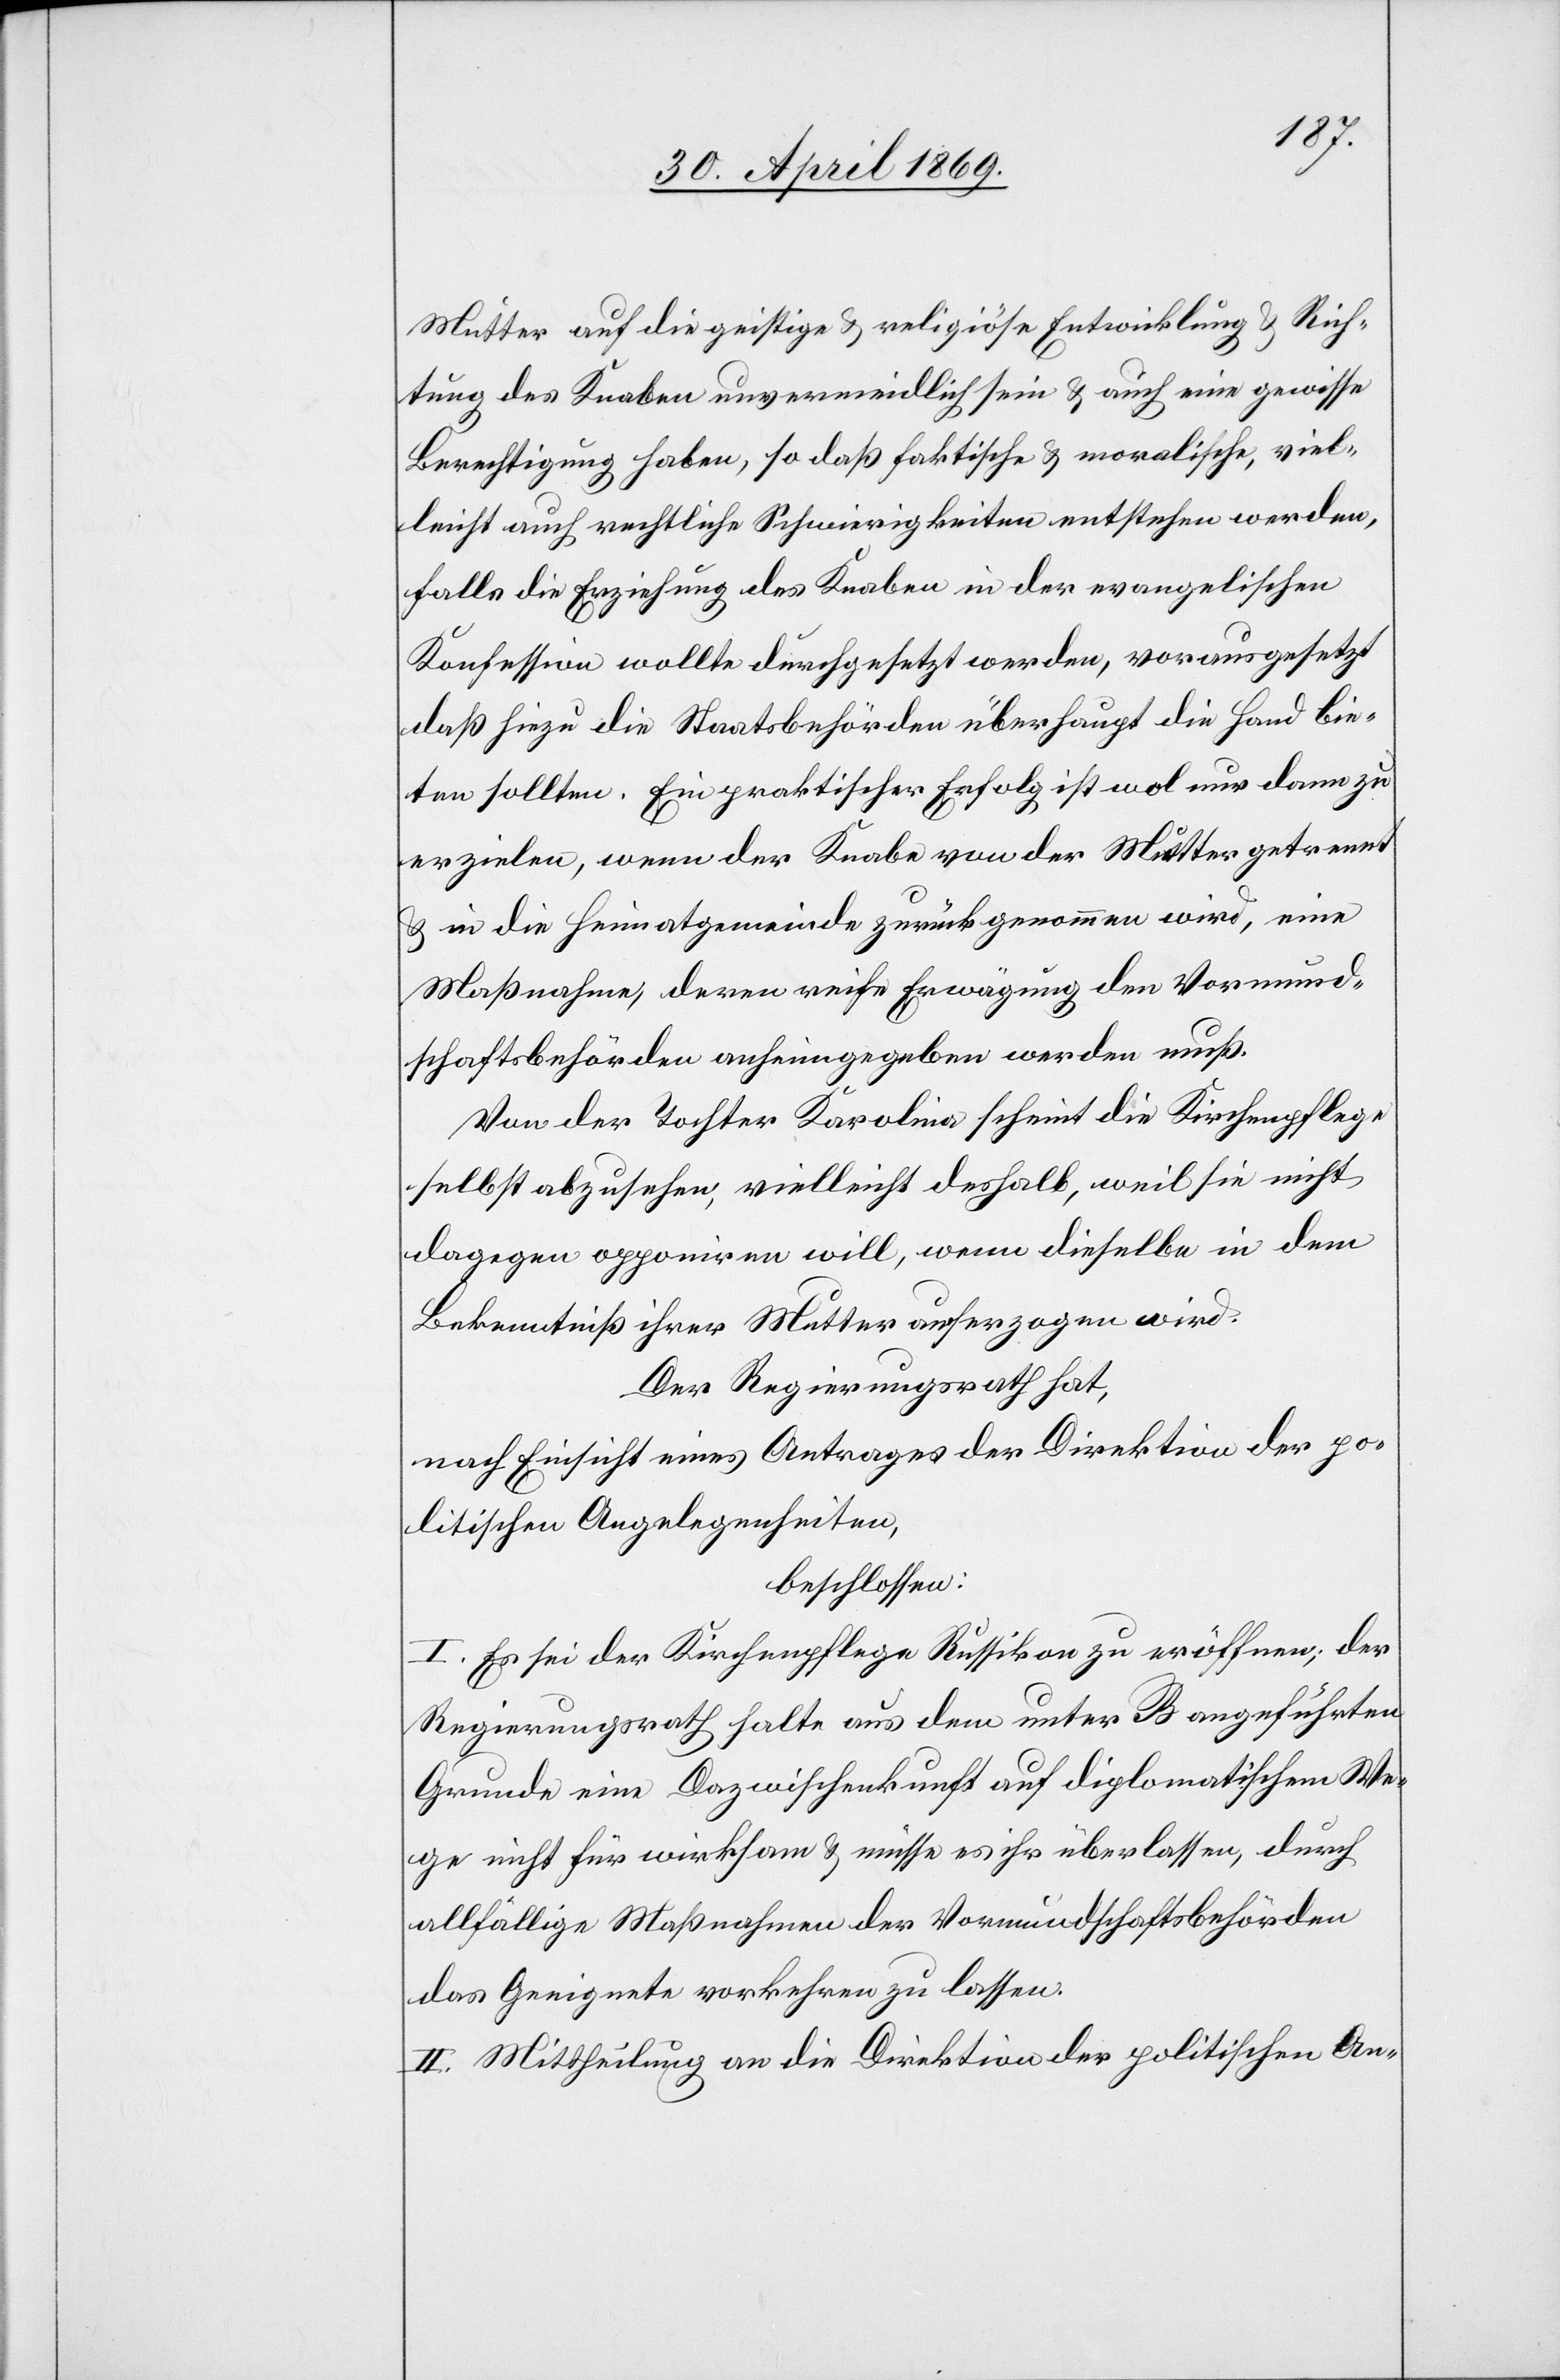
Mutter auf die geistige u. religiöse Entwicklung u. Rich¬
tung des Knaben unvermeidlich sein u. auch eine gewisse
Berechtigung haben, so daß faktische u. moralische, viel¬
leicht auch rechtliche Schwierigkeiten entstehen werden,
falls die Erziehung des Knaben in der evangelischen
Konfession wollte durchgesetzt werden, vorausgesetzt
daß hiezu die Staatsbehörden überhaupt die Hand bie¬
ten sollten. Ein praktischer Erfolg ist wol nur dann zu
erzielen, wenn der Knabe von der Mutter getrennt
u. in die Heimatgemeinde zurückgenommen wird, eine
Maßnahme, deren reife Erwägung den Vormund¬
schaftsbehörden anheimgegeben werden muß.
Von der Tochter Karolina scheint die Kirchenpflege
selbst abzusehen, vielleicht deshalb, weil sie nicht
dagegen opponiren will, wenn dieselbe in dem
Bekenntniß ihrer Mutter auferzogen wird.
Der Regierungsrath hat,
nach Einsicht eines Antrages der Direktion der po¬
litischen Angelegenheiten,
beschlossen:
I. Es sei der Kirchenpflege Russikon zu eröffnen: der
Regierungsrath halte aus dem unter B angeführten
Grunde eine Dazwischenkunft auf diplomatischem We¬
ge nicht für wirksam u. müsse es ihr überlassen, durch
allfällige Maßnahmen der Vormundschaftsbehörden
das Geeignete vorkehren zu lassen.
II. Mittheilung an die Direktion der politischen An-